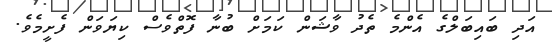
އަދި ބައިބަލްގެ އެންމެ ތެދު ވާޝަން ކަމަށް ބުނާ ފޮތްވެސް ކިޔަވަން ފެށީމެވެ.